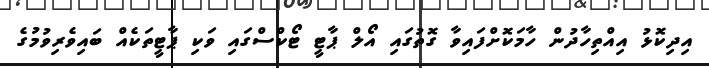
އިދިކޮޅު އިއްތިހާދުން ހާމަކޮށްފައިވާ ގޮތުގައި އޯލް ޕާޓީ ޓޯކްސްގައި ވަކި ޕާޓީތަކެއް ބައިވެރިވުމުގެ